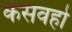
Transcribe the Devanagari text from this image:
कंसवहो